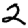
Digit: 2